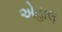
એહાલ